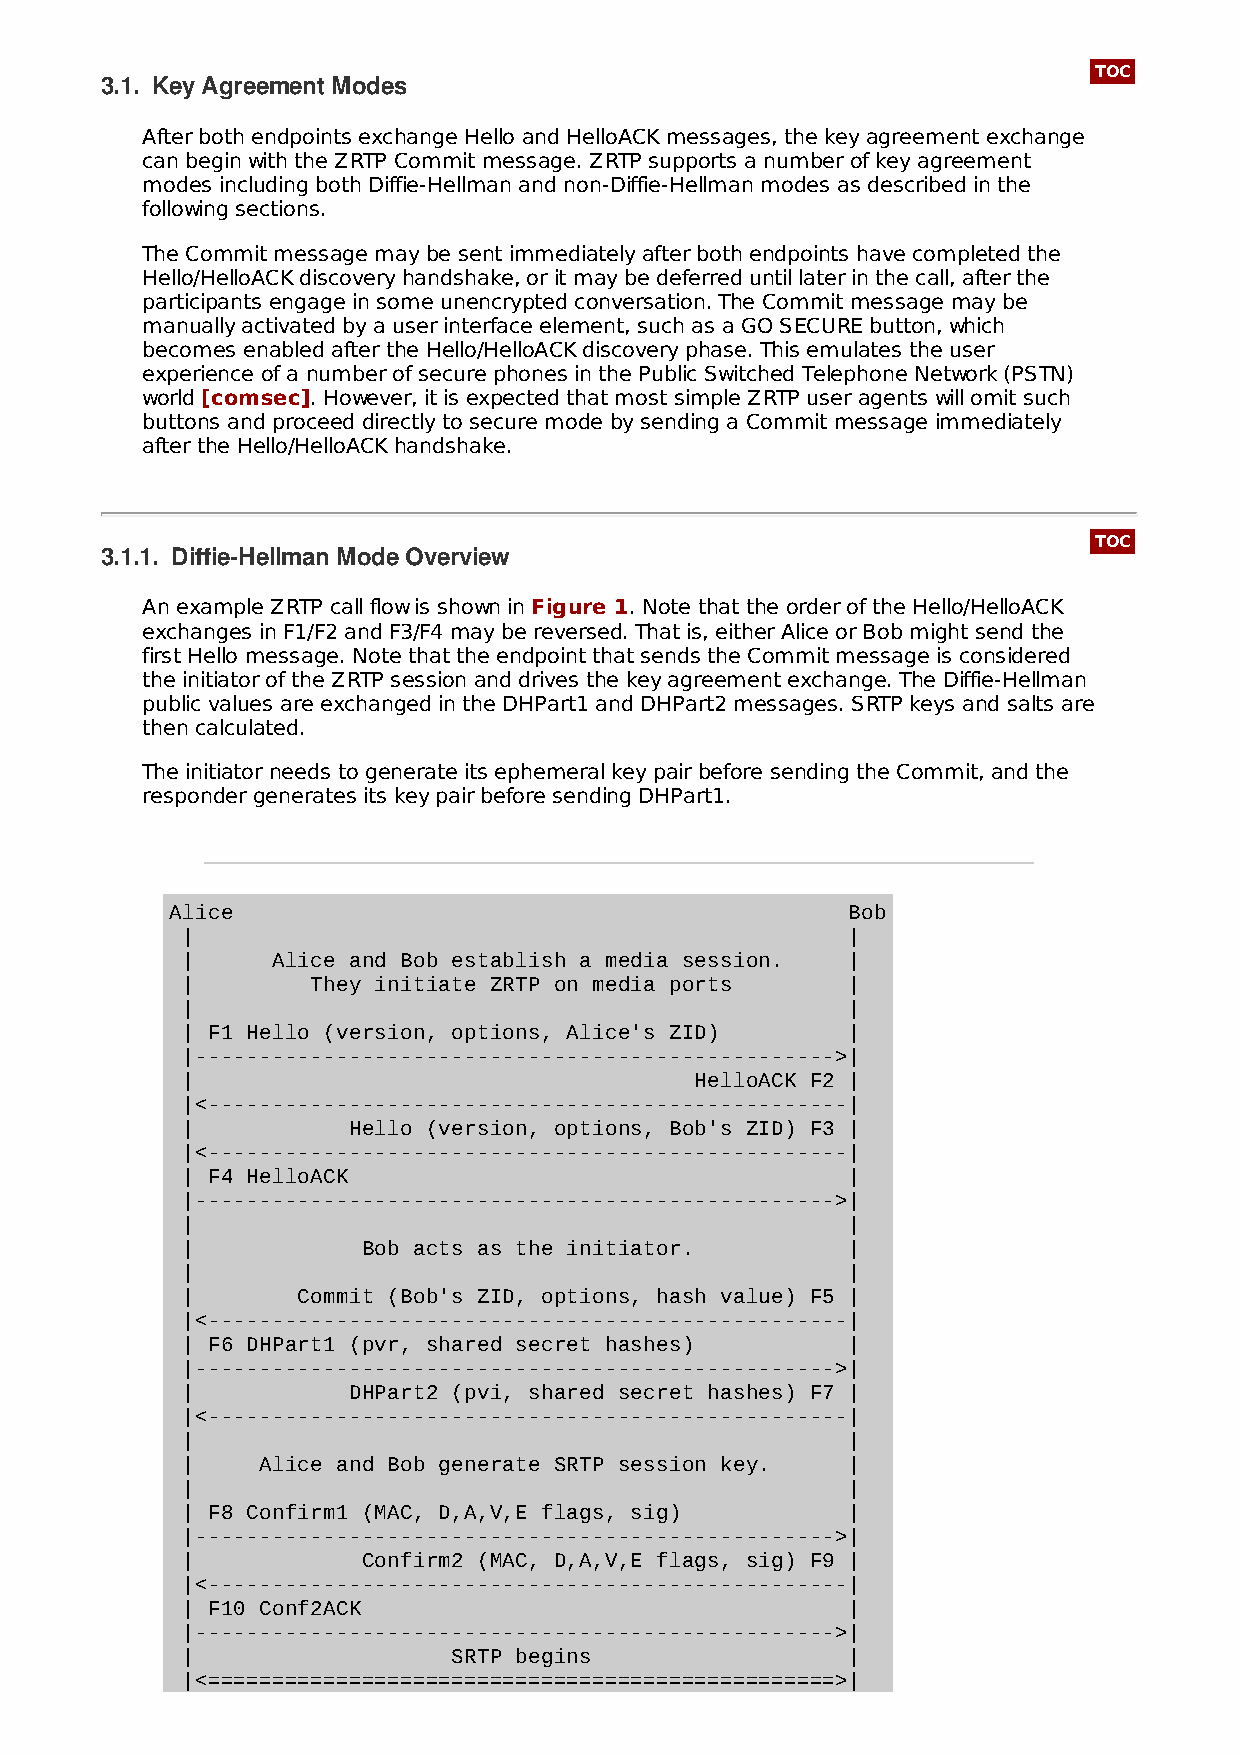
TOC
 3.1. Key Agreement Modes
 After both endpoints exchange Hello and HelloACK messages, the key agreement exchange
 can begin with the ZRTP Commit message. ZRTP supports a number of key agreement
 modes including both Diffie-Hellman and non-Diffie-Hellman modes as described in the
 following sections.
 The Commit message may be sent immediately after both endpoints have completed the
 Hello/HelloACK discovery handshake, or it may be deferred until later in the call, after the
 participants engage in some unencrypted conversation. The Commit message may be
 manually activated by a user interface element, such as a GO SECURE button, which
 becomes enabled after the Hello/HelloACK discovery phase. This emulates the user
 experience of a number of secure phones in the Public Switched Telephone Network (PSTN)
 world [comsec]. However, it is expected that most simple ZRTP user agents will omit such
 buttons and proceed directly to secure mode by sending a Commit message immediately
 after the Hello/HelloACK handshake.
 TOC
 3.1.1. Diffie-Hellman Mode Overview
 An example ZRTP call flow is shown in Figure 1. Note that the order of the Hello/HelloACK
 exchanges in F1/F2 and F3/F4 may be reversed. That is, either Alice or Bob might send the
 first Hello message. Note that the endpoint that sends the Commit message is considered
 the initiator of the ZRTP session and drives the key agreement exchange. The Diffie-Hellman
 public values are exchanged in the DHPart1 and DHPart2 messages. SRTP keys and salts are
 then calculated.
 The initiator needs to generate its ephemeral key pair before sending the Commit, and the
 responder generates its key pair before sending DHPart1.
 Alice                                        Bob
 |                                           |
 |     Alice and Bob establish a media session. |
 |        They initiate ZRTP on media ports  |
 |                                           |
 | F1 Hello (version, options, Alice's ZID)  |
 |-------------------------------------------------->|
 |                                 HelloACK F2 |
 |<--------------------------------------------------|
 |          Hello (version, options, Bob's ZID) F3 |
 |<--------------------------------------------------|
 | F4 HelloACK                               |
 |-------------------------------------------------->|
 |                                           |
 |           Bob acts as the initiator.      |
 |                                           |
 |       Commit (Bob's ZID, options, hash value) F5 |
 |<--------------------------------------------------|
 | F6 DHPart1 (pvr, shared secret hashes)    |
 |-------------------------------------------------->|
 |          DHPart2 (pvi, shared secret hashes) F7 |
 |<--------------------------------------------------|
 |                                           |
 |    Alice and Bob generate SRTP session key. |
 |                                           |
 | F8 Confirm1 (MAC, D,A,V,E flags, sig)     |
 |-------------------------------------------------->|
 |           Confirm2 (MAC, D,A,V,E flags, sig) F9 |
 |<--------------------------------------------------|
 | F10 Conf2ACK                              |
 |-------------------------------------------------->|
 |                 SRTP begins               |
 |<=================================================>|